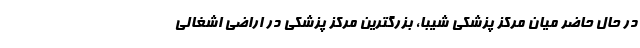
در حال حاضر میان مرکز پزشکی شیبا، بزرگترین مرکز پزشکی در اراضی اشغالی